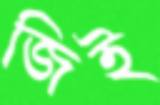
জিই